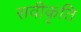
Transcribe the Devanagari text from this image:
सवीकृति